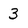
Character: 3